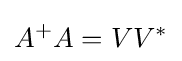
A^{+}A=VV^{*}